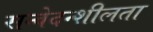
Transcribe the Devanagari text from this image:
सन्वेदन्शीलता